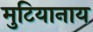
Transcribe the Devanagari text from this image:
मुटियानाय